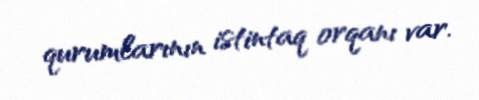
qurumlarının istintaq orqanı var.